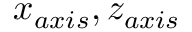
x _ { a x i s } , z _ { a x i s }